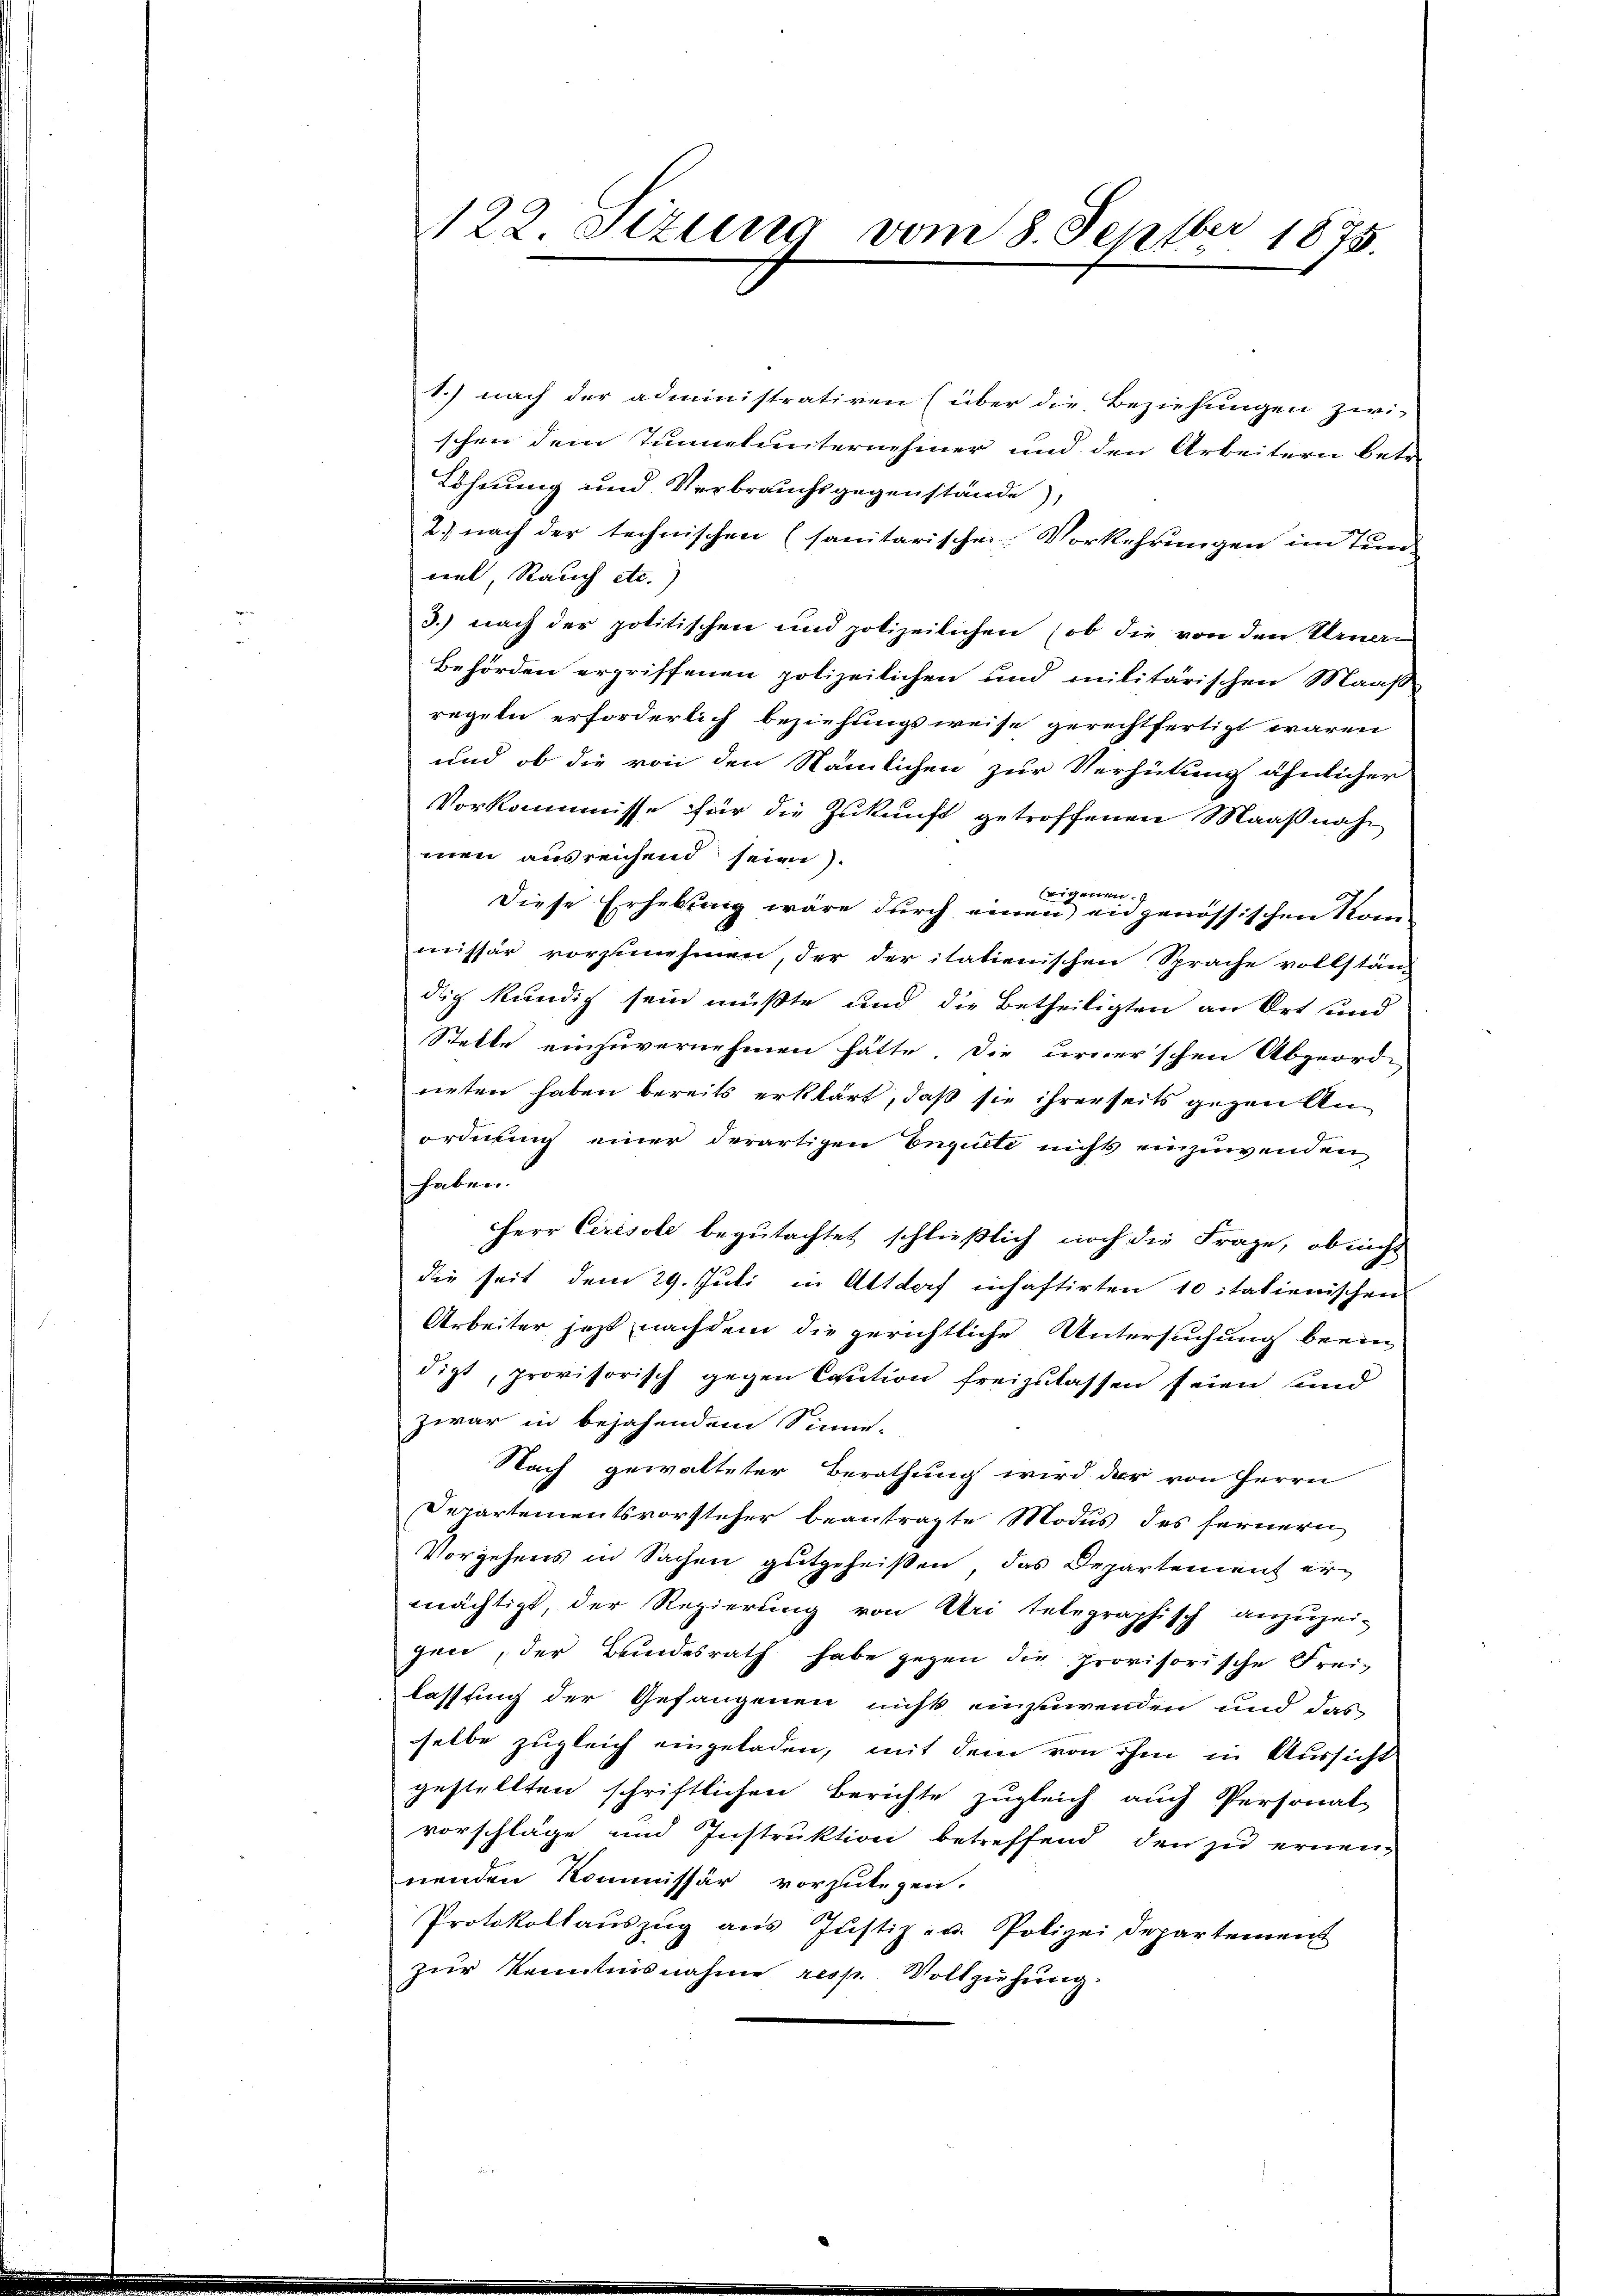
122. Sizung vom 8. Septber 1875.

1.) nach der administrativen (über die Beziehungen zwi-
schen dem Tunnelunternehmer und den Arbeitern betr.
Löhnung und Verbrauchsgegenstände),
2.) nach der technischen (sanitarischen Vorkehrungen im Tunviel Rauch etc.)
3.) nach der politischen und polizeilichen (ob die von den Urner-
Behörden ergriffenen polizeilichen und militärischen Maaß
regeln erforderlich beziehungsweise gerechtfertigt waren
und ob die von den Nämlichen zur Verhütung ähnlicher
Vorkommisse für die Zukunft getroffenen Maaßnahmen ausreichend seine).
Eigenen.
Diese Erhebung wäre durch einen ein genössischen Kom
missär vorzunehmen, der der itatienischen Sprache vollstän-
dig kundig sein müßte und die Betheiligten an Ort und
Stelle einzuvernehmen hätte. Die urner’schen Abgeord-
nieten haben bereits erklärt, daß sie ihrerseits gegen Anordnung einer derartigen Enquete nicht einzuwenden
haben.
Herr Ceresole begutachtet schließlich noch die Frage, ob nicht
die seit dem 29. Juli in Altdorf inhaftirten 10 italienischen
Arbeiter jetzt nachdem die gerichtliche Untersuchung beein
digt, provisorisch gegen Caution freizulassen seien und
zwar in bejahendem Sinne-
Nach gewalteter Berathung wird der von Herrn
Departementsvorsteher beantragte Modus des fernern
Vorgehens in Sachen gutgeheißen, das Departement ermächtigt, der Regierung von Uri telegraphisch anzuzei-
gen, der Bundesrath habe gegen die provisorische Frei-
lassung der Gefangenen nicht einzuwenden und das
selbe zugleich eingeladen, mit dem von ihm in Aussicht
gestellten schriftlichen Berichte zugleich auch Personal
vorschläge und Instruktion betreffend den zu ernennenden Kommissär vorzulegen.
Protokollaŭszŭg ans Justiz- u. Polizei Departement
zur Kenntnisnahme resp. Vollziehung.